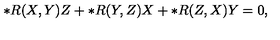
\ast R ( X , Y ) Z + \ast R ( Y , Z ) X + \ast R ( Z , X ) Y = 0 ,